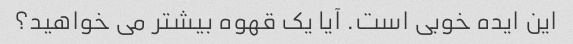
این ایده خوبی است. آیا یک قهوه بیشتر می خواهید؟